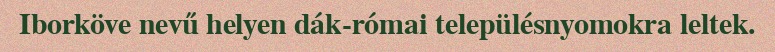
Iborköve nevű helyen dák-római településnyomokra leltek.